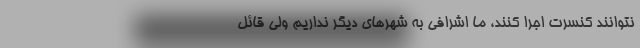
نتوانند کنسرت اجرا کنند، ما اشرافی به شهرهای دیگر نداریم ولی قائل